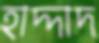
হাদ্দাদ